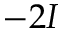
- 2 I